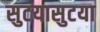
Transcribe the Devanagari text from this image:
सुटयासुटया